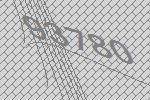
93780